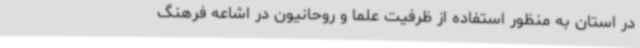
در استان به منظور استفاده از ظرفیت علما و روحانیون در اشاعه فرهنگ